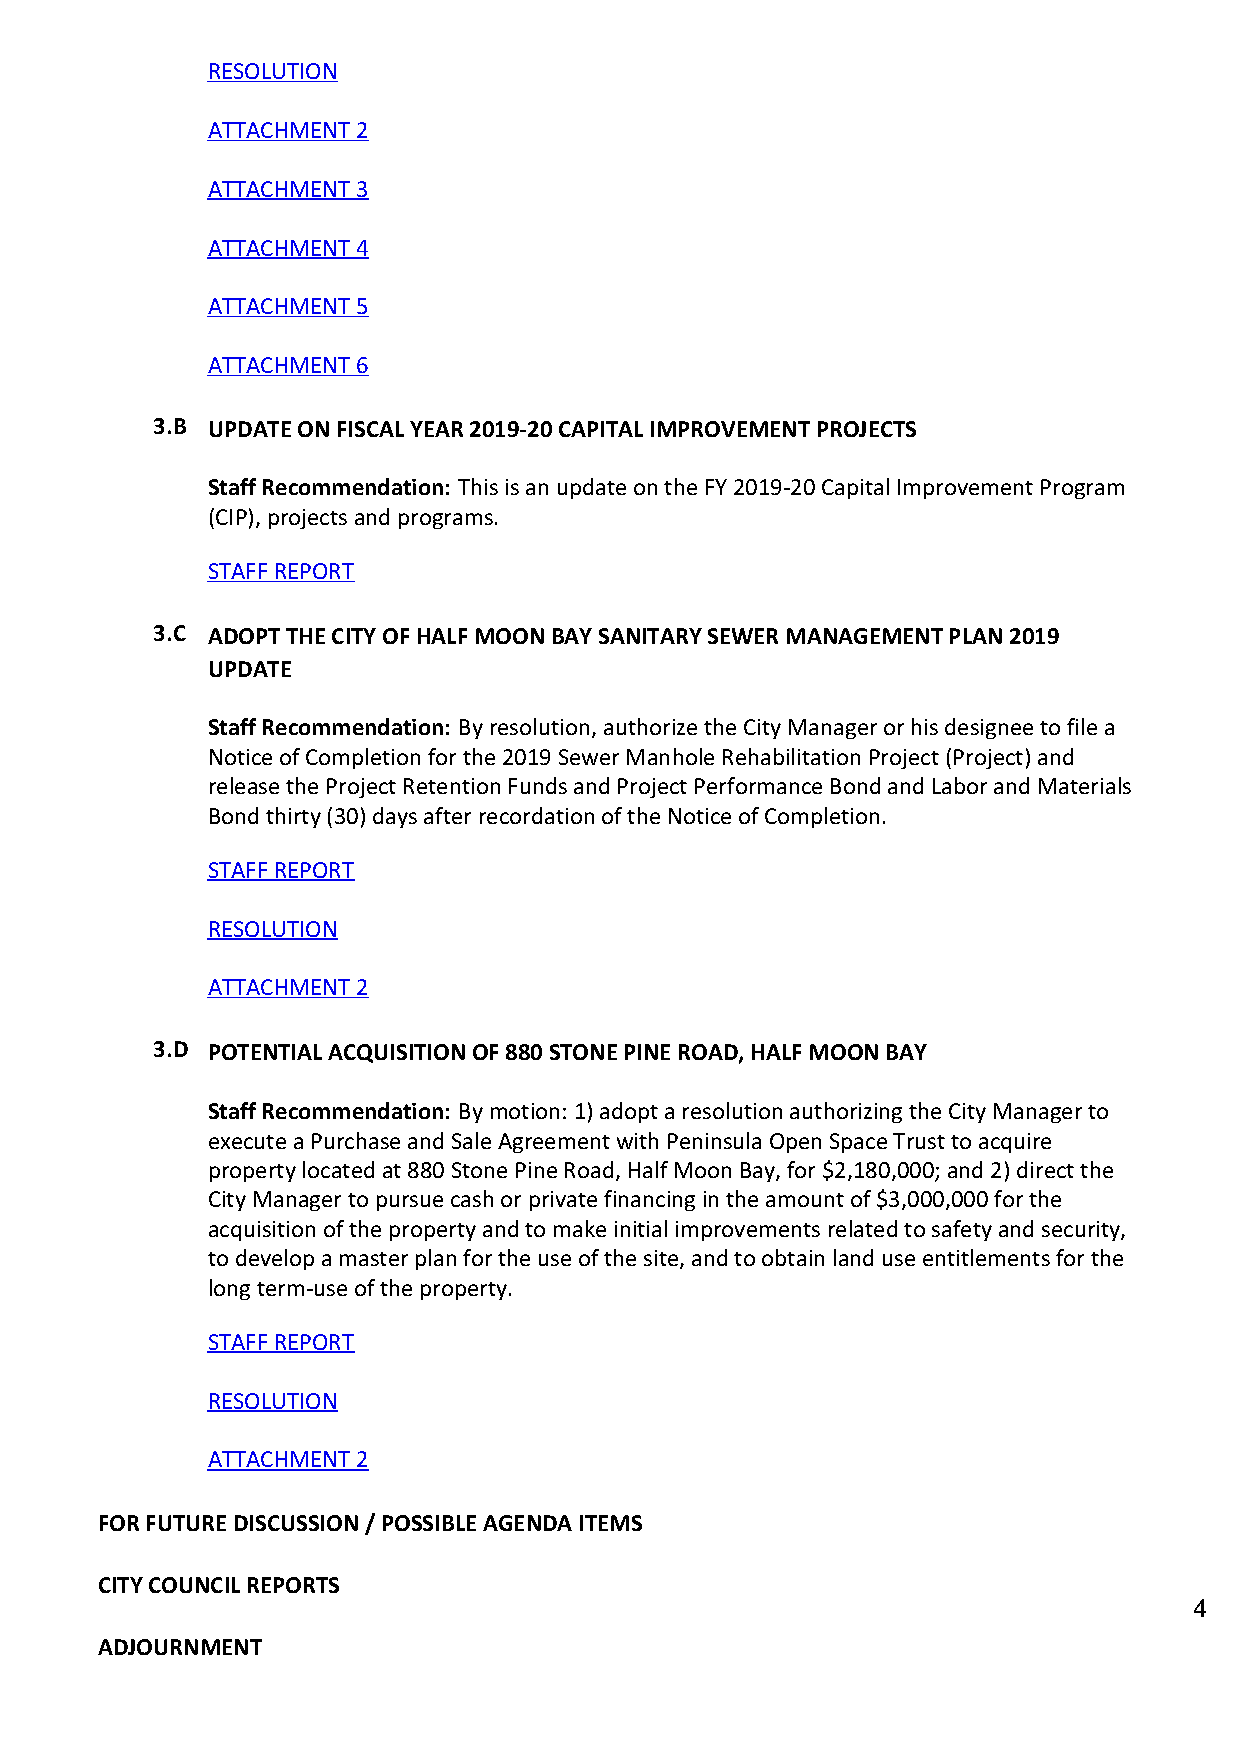
RESOLUTION
 ATTACHMENT 2
 ATTACHMENT 3
 ATTACHMENT 4
 ATTACHMENT 5
 ATTACHMENT 6
 3.B UPDATE ON FISCAL YEAR 2019-20 CAPITAL IMPROVEMENT PROJECTS
 Staff Recommendation: This is an update on the FY 2019-20 Capital Improvement Program
 (CIP), projects and programs.
 STAFF REPORT
 3.C ADOPT THE CITY OF HALF MOON BAY SANITARY SEWER MANAGEMENT PLAN 2019
 UPDATE
 Staff Recommendation: By resolution, authorize the City Manager or his designee to file a
 Notice of Completion for the 2019 Sewer Manhole Rehabilitation Project (Project) and
 release the Project Retention Funds and Project Performance Bond and Labor and Materials
 Bond thirty (30) days after recordation of the Notice of Completion.
 STAFF REPORT
 RESOLUTION
 ATTACHMENT 2
 3.D POTENTIAL ACQUISITION OF 880 STONE PINE ROAD, HALF MOON BAY
 Staff Recommendation: By motion: 1) adopt a resolution authorizing the City Manager to
 execute a Purchase and Sale Agreement with Peninsula Open Space Trust to acquire
 property located at 880 Stone Pine Road, Half Moon Bay, for $2,180,000; and 2) direct the
 City Manager to pursue cash or private financing in the amount of $3,000,000 for the
 acquisition of the property and to make initial improvements related to safety and security,
 to develop a master plan for the use of the site, and to obtain land use entitlements for the
 long term-use of the property.
 STAFF REPORT
 RESOLUTION
 ATTACHMENT 2
 FOR FUTURE DISCUSSION / POSSIBLE AGENDA ITEMS
 CITY COUNCIL REPORTS
 4
 ADJOURNMENT